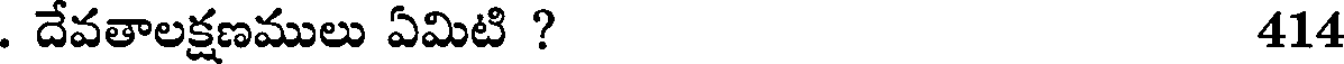
. దేవతాలక్షణములు ఏమిటి ? 414